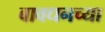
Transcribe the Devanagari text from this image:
बावधनच्या